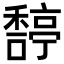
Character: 𥢿